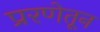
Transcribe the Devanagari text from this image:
प्ररणेतून